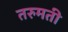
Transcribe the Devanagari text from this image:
तरुमती